Alatskivi_vallavalitsus_et, lk 103
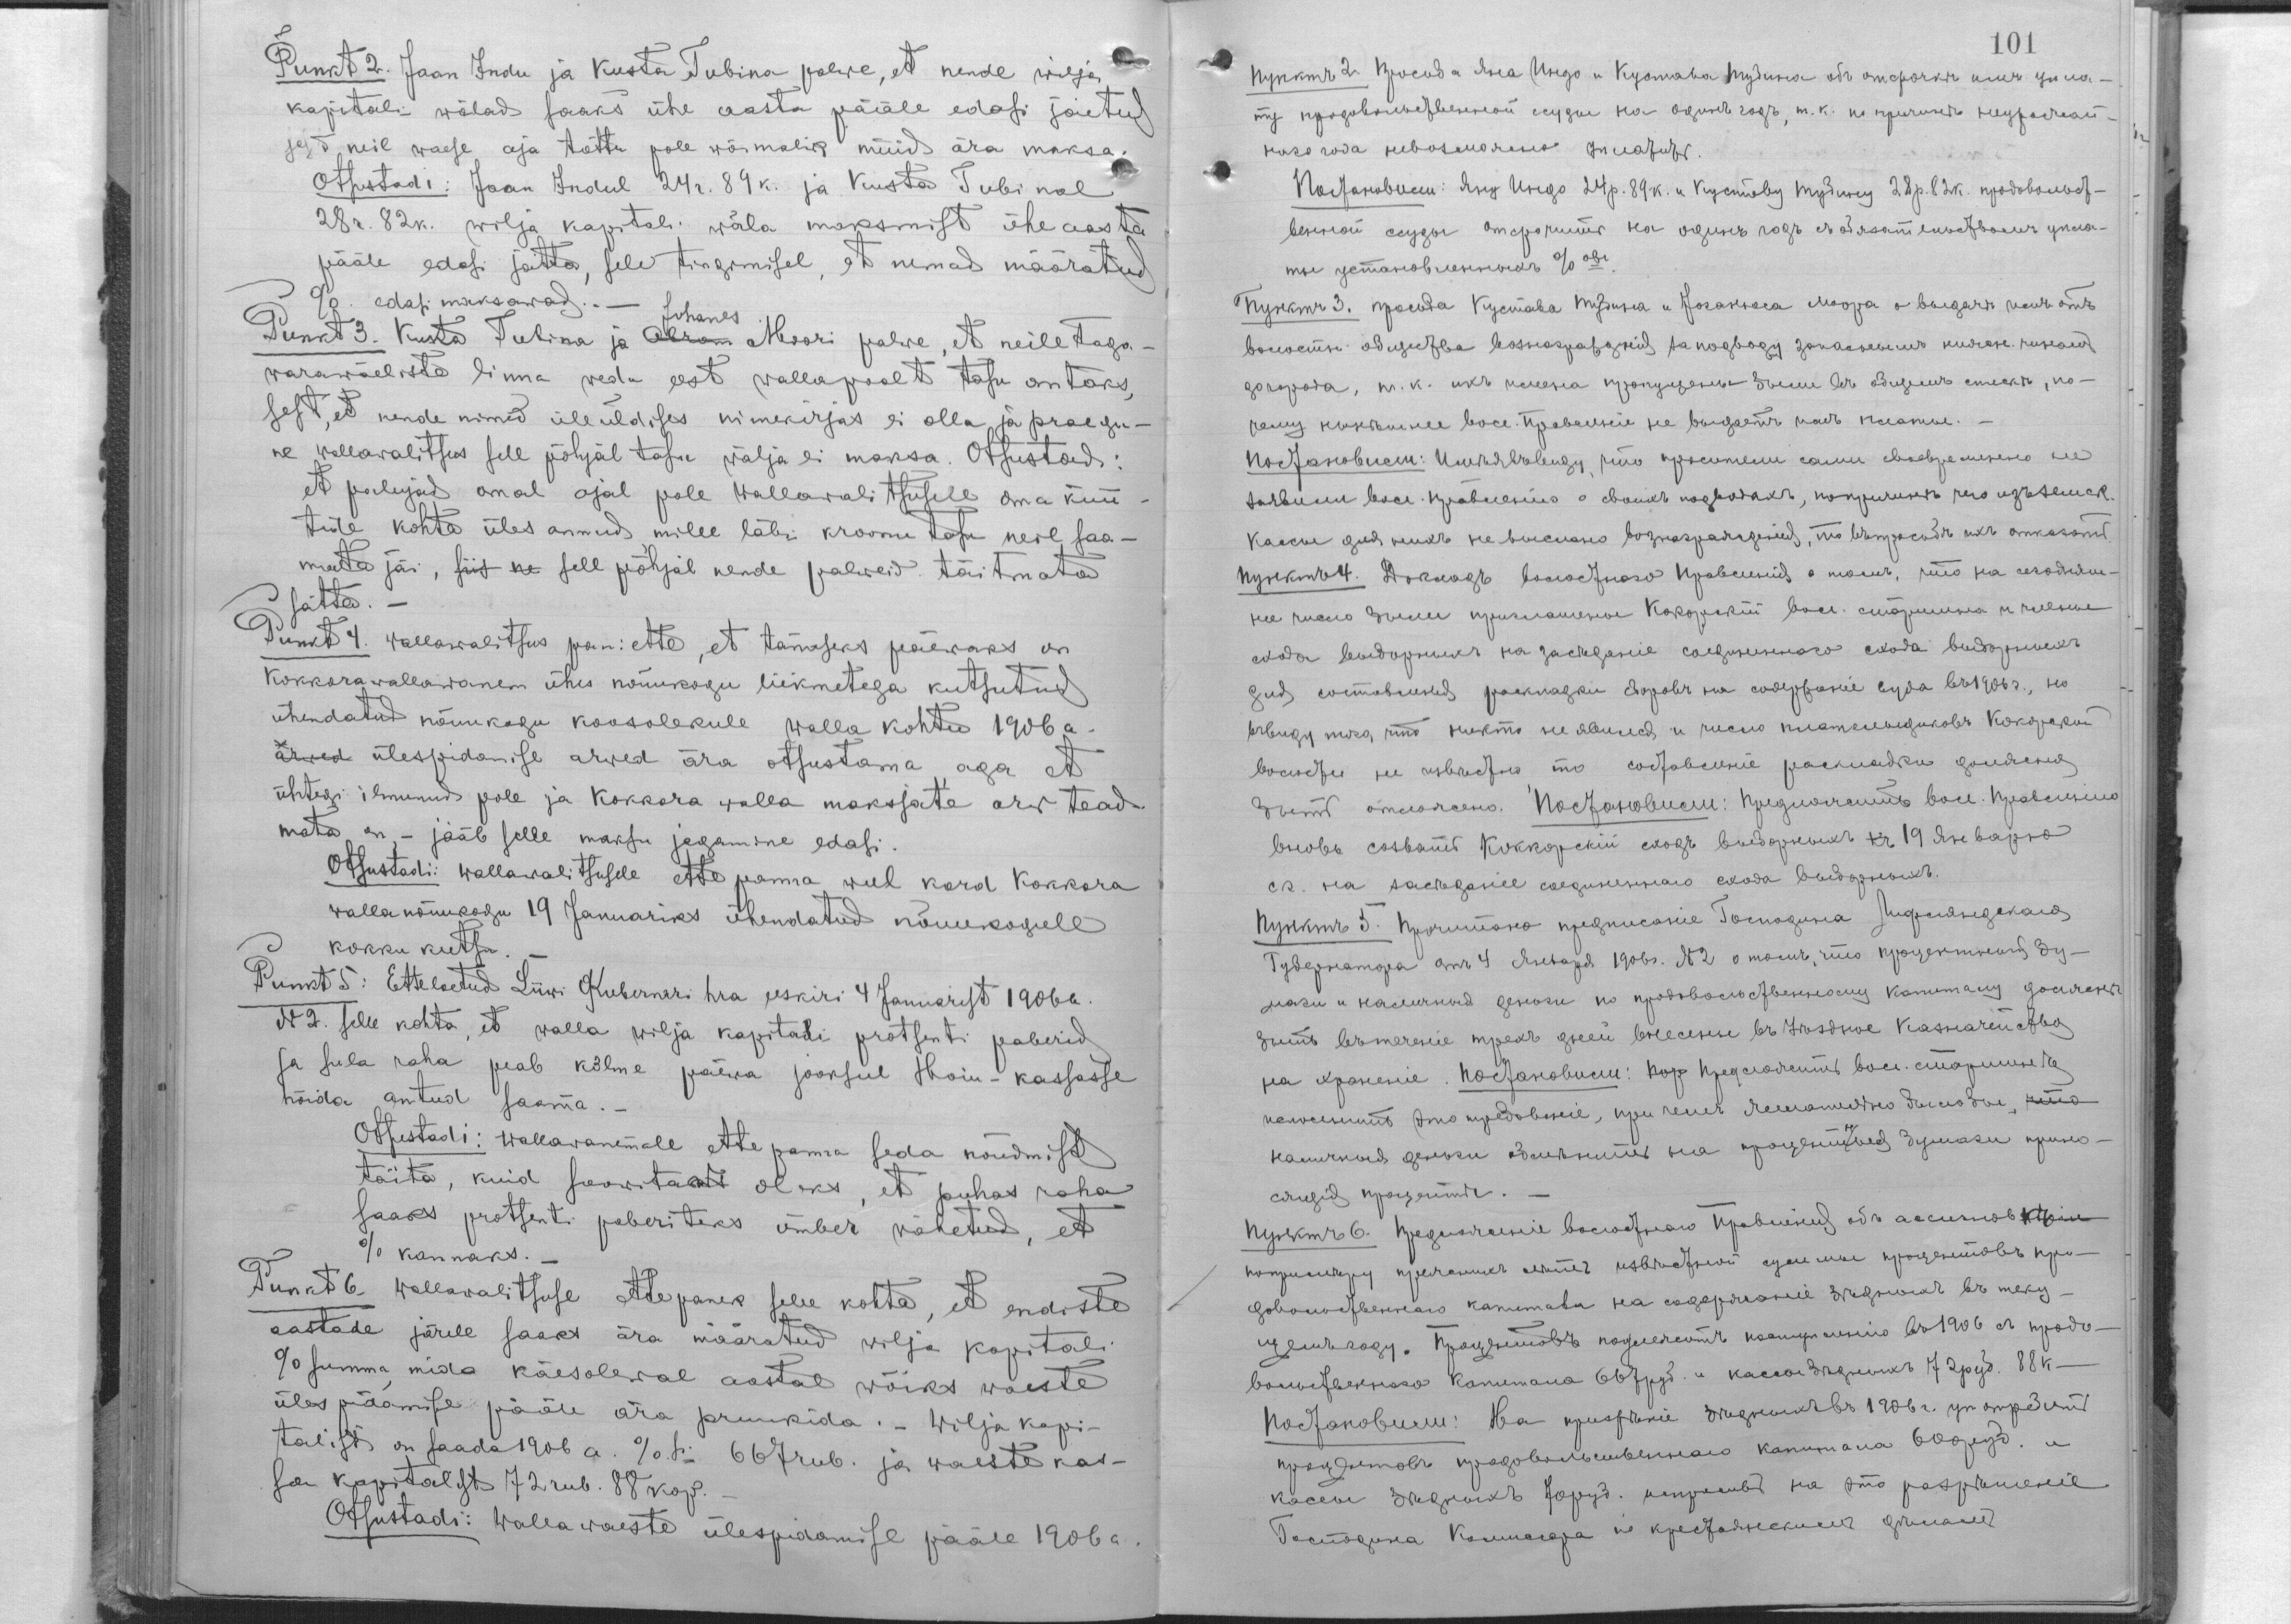
Punkt 2. Jaan Indu ja Kusta Tubina palwe, et nende wilja
kapitali wõlad saaks ühe aasta pääle edasi jõetud
sest neil waese aja tõttu pole wõimalik nüüd ära maksa.
Otsustadi: Jaan Indul 24 r. 89 k. ja Kusta Tubinal
28 r. 82 k. wilja kapitali wõla maksmist ühe aasta
pääle edasi jätta, sell tingimisel, et nemad määratud
% edasim maksawad.
Johanes
Punkt 3. Kusta Tubina ja Abram Moori palwe, et neie taga-
warawäeliste linna wdu eest walla poolt tasu antaks,
sest et nende nimed üleüldises nimekirjas ei olla ja praegu-
ne wallawalitsus sell põhjal tasu wälja ei maksa. Otsustadi:
et palujad omal ajal pole wallawalitusele oma küü-
tide kohta üles annud, mille läbi kroonu tasu neil saa-
mata jäi, siis ne sel põhjal nende palweid täitmata
jätta.
Punkt 4. Wallawalitsus pani ette, et tänaseks päewaks on
Kokkora wallawanem ühes nõuukogu liikmetega kutsutud
ühendatud nõuukogu koosolekule walla kohtu 1906. a.
arwed ülespidamise arwed öra otsustama, aga et
ühtegi ilmunud pole ja Kokkora walla maksjate arw tead-
mata on - jääb selle maksu jagamine edasi.
Otsustadi: Wallawalitsusele ette panna weel kord Kokkora
walla nõuukogu 19 Januariks ühendatud nõuukogule
kokku kutsu.
Punkt 5. Etteloetud Liiwi Kuerneri hra eeskiri 4 januarist 1906 a.
N 2. selle kohta, et walla wilja kapitali protsenti paberid
ja sula raha peab kolme päewa jooksul Hoiu-kassasse
hoida antud saama.
Otsustadi: Wallawanemale ette panna seda nõudmist
täita, kuid soowitaw oleks, et puhas raha
saaks protsenti paberiteks ümber wahetud, et
% kannaks.
Punkt 6. Wallawalituse ettepanek selle kohta, et endiste
aastade järele saaks ära määratid wilja kapitali
% summa, mida käesolewal aastal wõiks waeste
üles pidamise pääle ära pruukida. Wilja kapi-
talist on saada 1906 a. %si 667 rub. ja waeste kas-
sa kapitalist 72 rub. 88 kop.
Otsustadi: Wallawaeste ülespidamise pääle 1906 a.